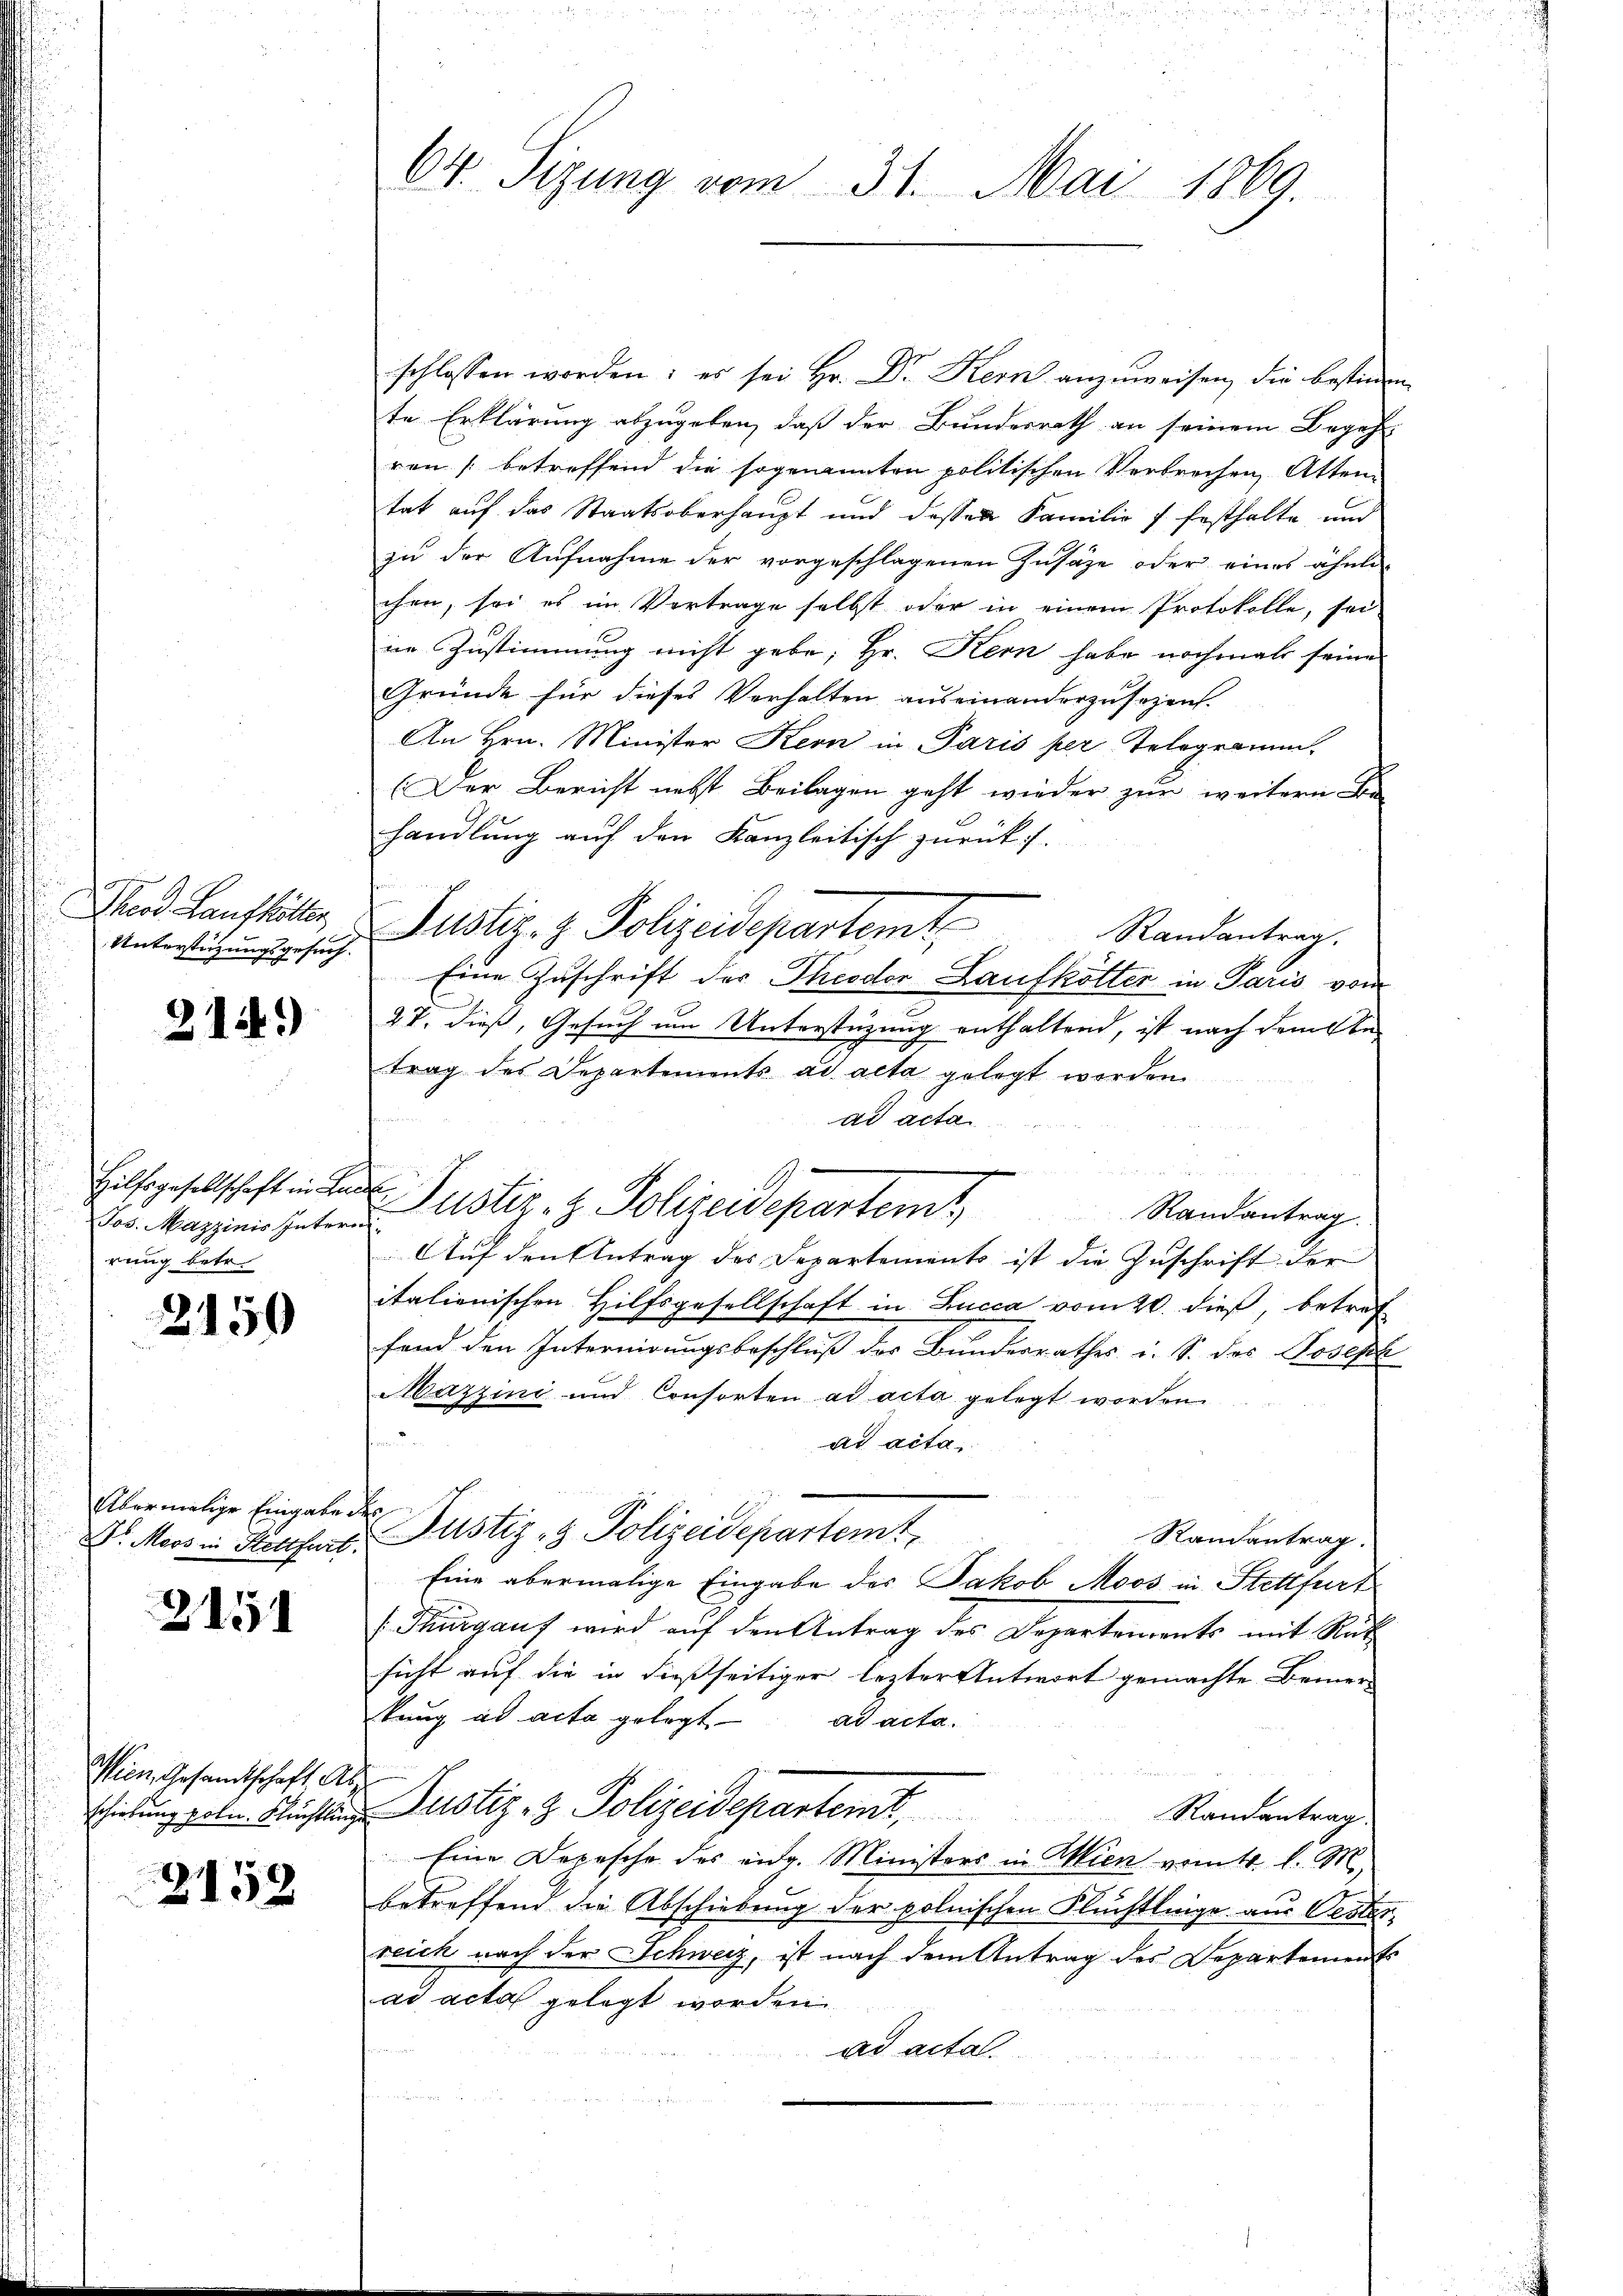
Theod Laufkälter
Unterstüzungsgesuch.

2149)

Jos. Mazzinis Intern.
rung betr.

2150

Übermalige Eingabe des

2151

Wien, Gesandtschaft. Ab

2152

64. Sizung vom 31. Mai 1869.

schlossen worden; es sei Hr. Dr Kern anzuweisen, die bestimm
te Erklärung abzugeben, daß der Bundesrath an seinem Begehr
ven (betreffend die sogenannten politischen Verbrechen Atten
tat auf das Staatsoberhaupt und dessen Familie 7 festhalte und
zu der Aufnahme der vorgeschlagenen Zusätze oder eines ähnte
chen, sei es im Vertrage selbst oder in einem Protokolle, sei
in Zustimmung nicht gebe; Hr. Kern habe nochmals seine
Gründe für dieses Verhalten auseinanderzusezens.
An Hrn. Minister Kern in Paris per Telegramm.
(Der Bericht nebst Beilagen geht wieder zur weitern Be
handlung auf den Kanzleitisch zurück.
Justiz- & Polizeidepartemt
Randantrag.
Eine Zuschrift der Theodor Laufkötter in Paris vom
27. dieß, Gesuch um Unterstüzung enthaltend, ist nach dem be-
trag des Departements ad acta gelegt werden
ad acta
Auf den Antrag des Departements ist die Zuschrift der
italienischen Hilfsgesellschaft in Lucca vom 20. dieß, betref
fend den Internirungsbeschluß des Bundesrathes u. S. das Joseph
Mazzini und Consorten ad acta gelegt worden.
ad acta,
V. Moos in Hotthart Justiz- & Polizeidepartemt
Randantrag.
Eine abermalige Eingabe des Jakob Moos in Stettfurt
(Thurgaus wird auf den Antrag des Departements mit Rük
sicht auf die in dießseitiger lezter Antwort gemachte Bemer-
tung ad acta gelegt ad acta.
n
Hiedung gele. Fürsten Justiz- & Polizeidepartemt,
Randantrag.
Eine Depesche des eidg. Ministers in Wien vom 4. l. M.,
betreffend die Abschiebung der polnischen Flüchtlinge aus Oester
reich nach der Schweiz, ist nach dem Antrag des Departements
ad acta gelegt worden.
ad actal.

Hilfsgesellschaft in der Justiz- & Polizeidepartem Randantrag